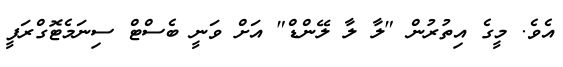
އެވެ. މީގެ އިތުރުން "ލާ ލާ ލޭންޑް" އަށް ވަނީ ބެސްޓް ސިނަމެޓޮގްރަފީ